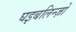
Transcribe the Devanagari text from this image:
घइबलिन्ज़ों